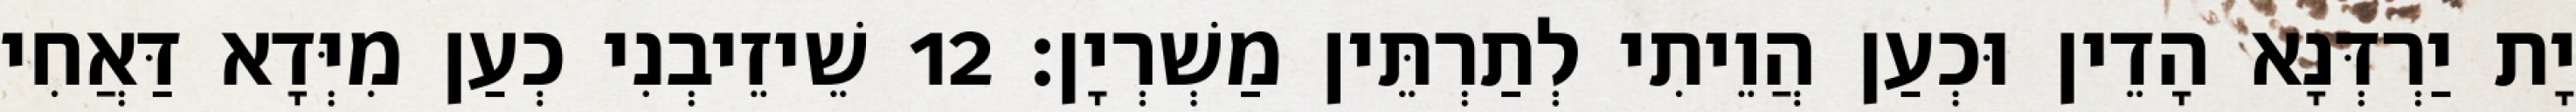
יָת יַרְדְּנָא הָדֵין וּכְעַן הֲוֵיתִי לְתַרְתֵּין מַשְׁרְיָן׃ 12 שֵׁיזֵיבְנִי כְעַן מִיְּדָא דַּאֲחִי